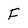
Character: F